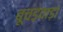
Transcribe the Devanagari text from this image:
बूचड़वाड़ा